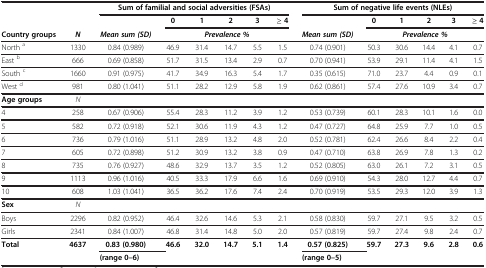
<table><thead><tr><td><b> </b></td><td><b> </b></td><td colspan="6"><b>Sum of familial and social adversities (FSAs)</b></td><td colspan="6"><b>Sum of negative life events (NLEs)</b></td></tr><tr><td><b> </b></td><td><b> </b></td><td><b> </b></td><td><b>0</b></td><td><b>1</b></td><td><b>2</b></td><td><b>3</b></td><td><b>≥ 4</b></td><td><b> </b></td><td><b>0</b></td><td><b>1</b></td><td><b>2</b></td><td><b>3</b></td><td><b>≥ 4</b></td></tr><tr><td><b>Country groups</b></td><td><b><i>N</i></b></td><td><b><i>Mean sum (SD)</i></b></td><td colspan="5"><b><i>Prevalence %</i></b></td><td><b><i>Mean sum (SD)</i></b></td><td colspan="5"><b><i>Prevalence %</i></b></td></tr></thead><tbody><tr><td>North <sup>a</sup></td><td>1330</td><td>0.84 (0.989)</td><td>46.9</td><td>31.4</td><td>14.7</td><td>5.5</td><td>1.5</td><td>0.74 (0.901)</td><td>50.3</td><td>30.6</td><td>14.4</td><td>4.1</td><td>0.7</td></tr><tr><td>East <sup>b</sup></td><td>666</td><td>0.69 (0.858)</td><td>51.7</td><td>31.5</td><td>13.4</td><td>2.9</td><td>0.7</td><td>0.70 (0.941)</td><td>53.9</td><td>29.1</td><td>11.4</td><td>4.1</td><td>1.5</td></tr><tr><td>South <sup>c</sup></td><td>1660</td><td>0.91 (0.975)</td><td>41.7</td><td>34.9</td><td>16.3</td><td>5.4</td><td>1.7</td><td>0.35 (0.615)</td><td>71.0</td><td>23.7</td><td>4.4</td><td>0.9</td><td>0.1</td></tr><tr><td>West <sup>d</sup></td><td>981</td><td>0.80 (1.041)</td><td>51.1</td><td>28.2</td><td>12.9</td><td>5.8</td><td>1.9</td><td>0.62 (0.861)</td><td>57.4</td><td>27.6</td><td>10.9</td><td>3.4</td><td>0.7</td></tr><tr><td><b>Age groups</b></td><td><i>N</i></td><td> </td><td colspan="5"> </td><td> </td><td colspan="5"> </td></tr><tr><td>4</td><td>258</td><td>0.67 (0.906)</td><td>55.4</td><td>28.3</td><td>11.2</td><td>3.9</td><td>1.2</td><td>0.53 (0.739)</td><td>60.1</td><td>28.3</td><td>10.1</td><td>1.6</td><td>0.0</td></tr><tr><td>5</td><td>582</td><td>0.72 (0.918)</td><td>52.1</td><td>30.6</td><td>11.9</td><td>4.3</td><td>1.2</td><td>0.47 (0.727)</td><td>64.8</td><td>25.9</td><td>7.7</td><td>1.0</td><td>0.5</td></tr><tr><td>6</td><td>736</td><td>0.79 (1.016)</td><td>51.1</td><td>28.9</td><td>13.2</td><td>4.8</td><td>2.0</td><td>0.52 (0.781)</td><td>62.4</td><td>26.6</td><td>8.4</td><td>2.2</td><td>0.4</td></tr><tr><td>7</td><td>605</td><td>0.72 (0.898)</td><td>51.2</td><td>30.9</td><td>13.2</td><td>3.8</td><td>0.9</td><td>0.47 (0.710)</td><td>63.8</td><td>26.9</td><td>7.8</td><td>1.3</td><td>0.2</td></tr><tr><td>8</td><td>735</td><td>0.76 (0.927)</td><td>48.6</td><td>32.9</td><td>13.7</td><td>3.5</td><td>1.2</td><td>0.52 (0.805)</td><td>63.0</td><td>26.1</td><td>7.2</td><td>3.1</td><td>0.5</td></tr><tr><td>9</td><td>1113</td><td>0.96 (1.016)</td><td>40.5</td><td>33.3</td><td>17.9</td><td>6.6</td><td>1.6</td><td>0.69 (0.910)</td><td>54.3</td><td>28.0</td><td>12.7</td><td>4.4</td><td>0.7</td></tr><tr><td>10</td><td>608</td><td>1.03 (1.041)</td><td>36.5</td><td>36.2</td><td>17.6</td><td>7.4</td><td>2.4</td><td>0.70 (0.919)</td><td>53.5</td><td>29.3</td><td>12.0</td><td>3.9</td><td>1.3</td></tr><tr><td><b>Sex</b></td><td><i>N</i></td><td> </td><td> </td><td> </td><td> </td><td> </td><td> </td><td> </td><td> </td><td> </td><td> </td><td> </td><td> </td></tr><tr><td>Boys</td><td>2296</td><td>0.82 (0.952)</td><td>46.4</td><td>32.6</td><td>14.6</td><td>5.3</td><td>2.1</td><td>0.58 (0.830)</td><td>59.7</td><td>27.1</td><td>9.5</td><td>3.2</td><td>0.5</td></tr><tr><td>Girls</td><td>2341</td><td>0.84 (1.007)</td><td>46.8</td><td>31.4</td><td>14.8</td><td>5.0</td><td>2.0</td><td>0.57 (0.819)</td><td>59.7</td><td>27.4</td><td>9.8</td><td>2.4</td><td>0.7</td></tr><tr><td rowspan="2"><b>Total</b></td><td rowspan="2"><b>4637</b></td><td><b>0.83 (0.980)</b></td><td rowspan="2"><b>46.6</b></td><td rowspan="2"><b>32.0</b></td><td rowspan="2"><b>14.7</b></td><td rowspan="2"><b>5.1</b></td><td rowspan="2"><b>1.4</b></td><td><b>0.57 (0.825)</b></td><td rowspan="2"><b>59.7</b></td><td rowspan="2"><b>27.3</b></td><td rowspan="2"><b>9.6</b></td><td rowspan="2"><b>2.8</b></td><td rowspan="2"><b>0.6</b></td></tr><tr><td><b>(range 0–6)</b></td><td><b>(range 0–5)</b></td></tr></tbody></table>